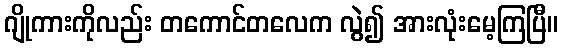
ဂျိုကားကိုလည်း တကောင်တလေက လွဲ၍ အားလုံးမေ့ကြပြီ။